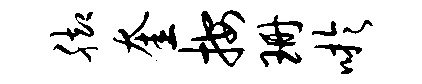
脚奎按珊吁